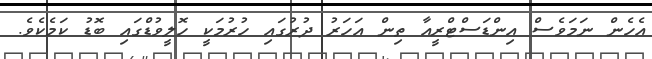
އެހެން ނަމަވެސް އިންޑަސްޓްރީއާ ތިން އަހަރު ދުރުގައި ހުރުމަކީ ހޮލީވުޑްގައި ބޮޑު ކަމެކެވެ.